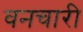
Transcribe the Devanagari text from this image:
वनचारी